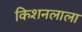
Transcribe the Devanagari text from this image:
किशनलाला